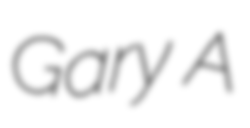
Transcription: Gary A